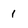
Character: 1